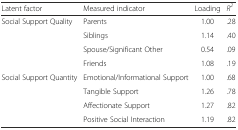
<table><thead><tr><td><b>Latent factor</b></td><td><b>Measured indicator</b></td><td><b>Loading</b></td><td><b><i>R</i><sup><i>2</i></sup></b></td></tr></thead><tbody><tr><td>Social Support Quality</td><td>Parents</td><td>1.00</td><td>.28</td></tr><tr><td>[EMPTY_CELL]</td><td>Siblings</td><td>1.14</td><td>.40</td></tr><tr><td>[EMPTY_CELL]</td><td>Spouse/Significant Other</td><td>0.54</td><td>.09</td></tr><tr><td>[EMPTY_CELL]</td><td>Friends</td><td>1.08</td><td>.19</td></tr><tr><td>Social Support Quantity</td><td>Emotional/Informational Support</td><td>1.00</td><td>.68</td></tr><tr><td>[EMPTY_CELL]</td><td>Tangible Support</td><td>1.26</td><td>.78</td></tr><tr><td>[EMPTY_CELL]</td><td>Affectionate Support</td><td>1.27</td><td>.82</td></tr><tr><td>[EMPTY_CELL]</td><td>Positive Social Interaction</td><td>1.19</td><td>.82</td></tr></tbody></table>